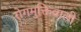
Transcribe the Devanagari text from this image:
रोगमुक्तिवाली